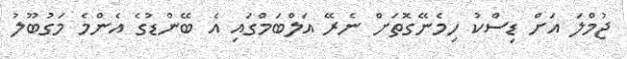
ޖުމްލަ އަށް ޑިސްކު ހިމެނޭގޮތަށް ނެރޭ އަލްބަމްގައި އެ ބޭންޑުގެ އެންމެ މަގުބޫލު